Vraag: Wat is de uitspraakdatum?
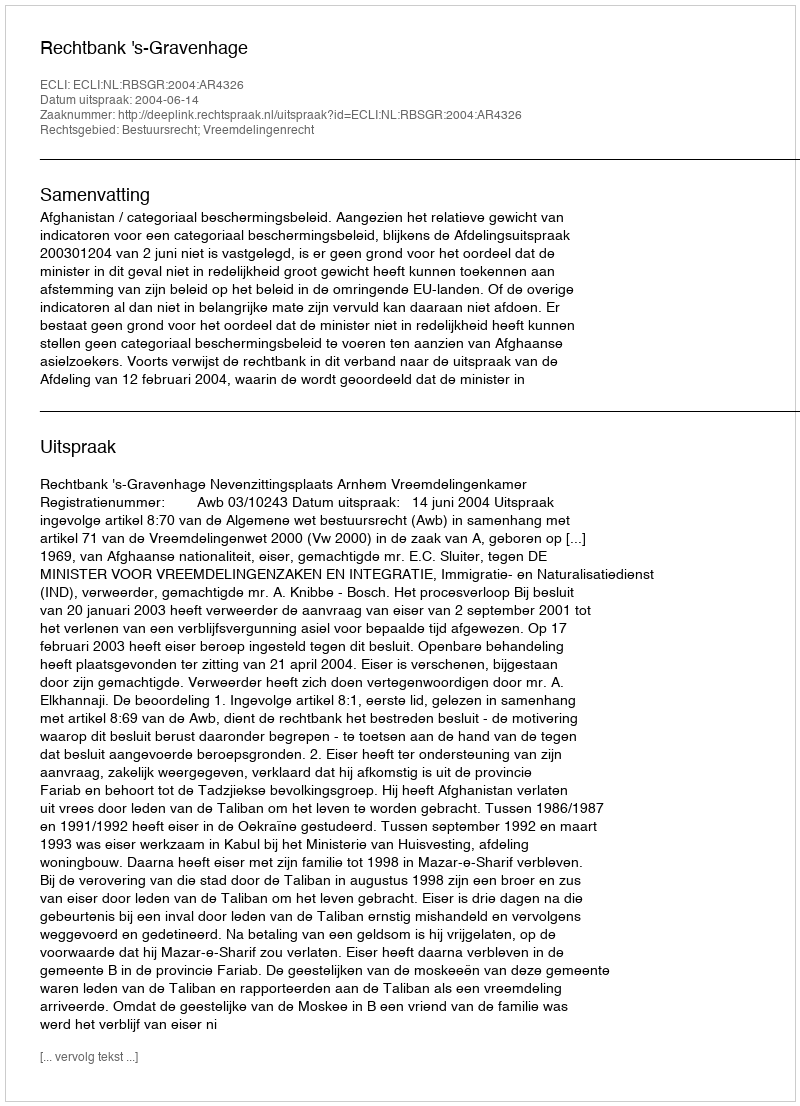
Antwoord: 2004-06-14